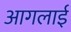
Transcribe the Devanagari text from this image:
आगलाई